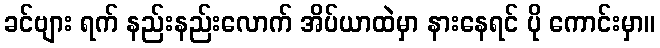
ခင်ဗျား ရက် နည်းနည်းလောက် အိပ်ယာထဲမှာ နားနေရင် ပို ကောင်းမှာ။